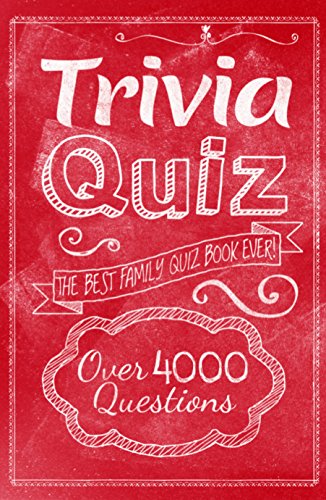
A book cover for Trivia Quiz; Arcturus Publishing; Humor & Entertainment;